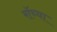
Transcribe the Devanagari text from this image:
रॉच्या